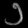
Digit: ၁